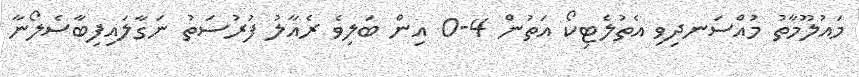
މައުލޫމާތު މުއްސަނދިވި އެތުލެޓިކޯ އަތުން 4-0 އިން ބަލިވެ ރެއާލު ފުރުސަތު ނަގާލައިފިބާސެލޯނާ